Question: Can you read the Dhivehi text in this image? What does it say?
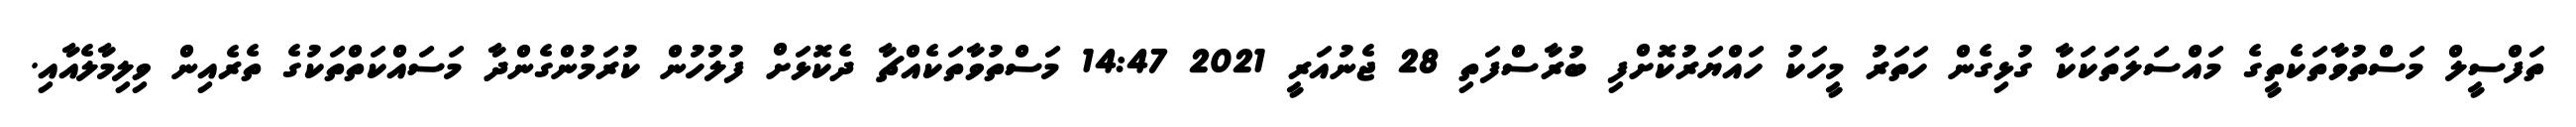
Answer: ތަފްސީލް މަސްތުވާތަކެތީގެ މައްސަލަތަކަކާ ގުޅިގެން ހަތަރު މީހަކު ހައްޔަރުކޮށްފި ބުރާސްފަތި 28 ޖެނުއަރީ 2021 14:47 މަސްތުވާތަކެއްޗާ ދެކޮޅަށް ފުލުހުން ކުރަމުންގެންދާ މަސައްކަތްތަކުގެ ތެރެއިން ވިލިމާލެއާއި.